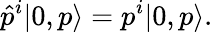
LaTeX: \hat{p}^{i}|0,p\rangle=p^{i}|0,p\rangle.